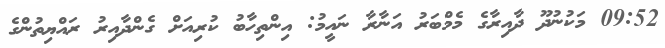
09:52 މަކުނުދޫ ދާއިރާގެ މެމްބަރު އަނާރާ ނައީމު: އިންތިހާބު ކުރިއަށް ގެންދާއިރު ރައްޔިތުންގެ